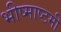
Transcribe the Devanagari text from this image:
भीष्माष्टमी